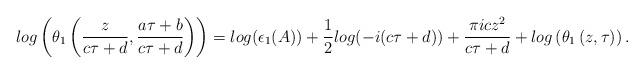
LaTeX: \begin{align*}~~~~~~~log\left(\theta_1\left(\frac{z}{c\tau+d},\frac{a\tau+b}{c\tau+d}\right)\right)=log(\epsilon_1(A))+\frac{1}{2}log(-i(c\tau+d))+\frac{\pi i c z^2}{c\tau+d}+log\left(\theta_1\left(z,\tau\right)\right).\end{align*}